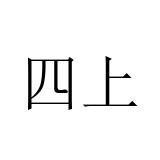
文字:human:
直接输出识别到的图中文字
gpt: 四上